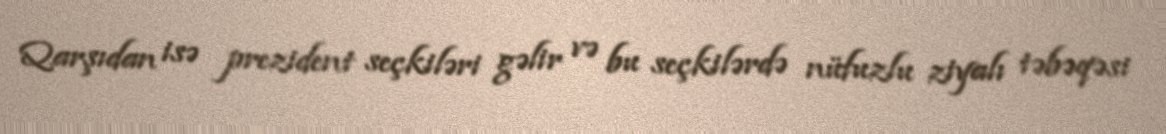
Qarşıdan isə prezident seçkiləri gəlir və bu seçkilərdə nüfuzlu ziyalı təbəqəsi